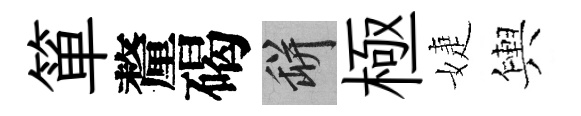
箪釐碣瓶極婕輿